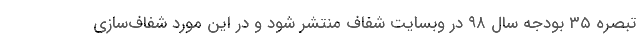
تبصره ۳۵ بودجه سال ۹۸ در وبسایت شفاف منتشر شود و در این مورد شفاف‌سازی